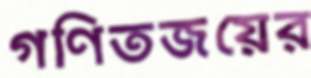
গণিতজয়ের